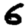
Digit: 6